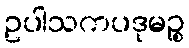
ဥပါသကပဒုမဉ္စ